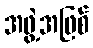
အဖွဲ့အဖြစ်